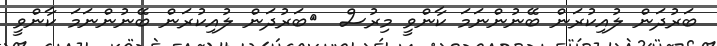
ބަރުދަން ލުއިކުރަން ބޭނުންނަމަ ކާންވީ މިރުސް  	ބަރުދަން ލުއިކުރަން ބޭނުންނަމަ ކާންވީ